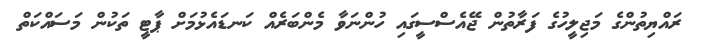
ރައްޔިތުންގެ މަޖިލީހުގެ ފަރާތުން ޖޭއެސްސީގައި ހުންނަވާ މެންބަރެއް ކަނޑައެޅުމަށް ޕާޓީ ތަކުން މަސައްކަތް